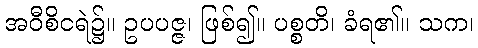
အဝီစိငရဲ၌။ ဥပပဇ္ဇ၊ ဖြစ်၍။ ပစ္စတိ၊ ခံရ၏။ သက၊